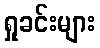
ရှုခင်းများ